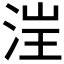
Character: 𪶁